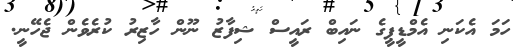
ހަމަ އެކަނި އެމްޑީޕީގެ ނައިބް ރައީސް ޝިފާޒު ނޫން ހާޒިރު ކުރެވެން ޖެހޭނީ.